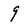
Character: 9